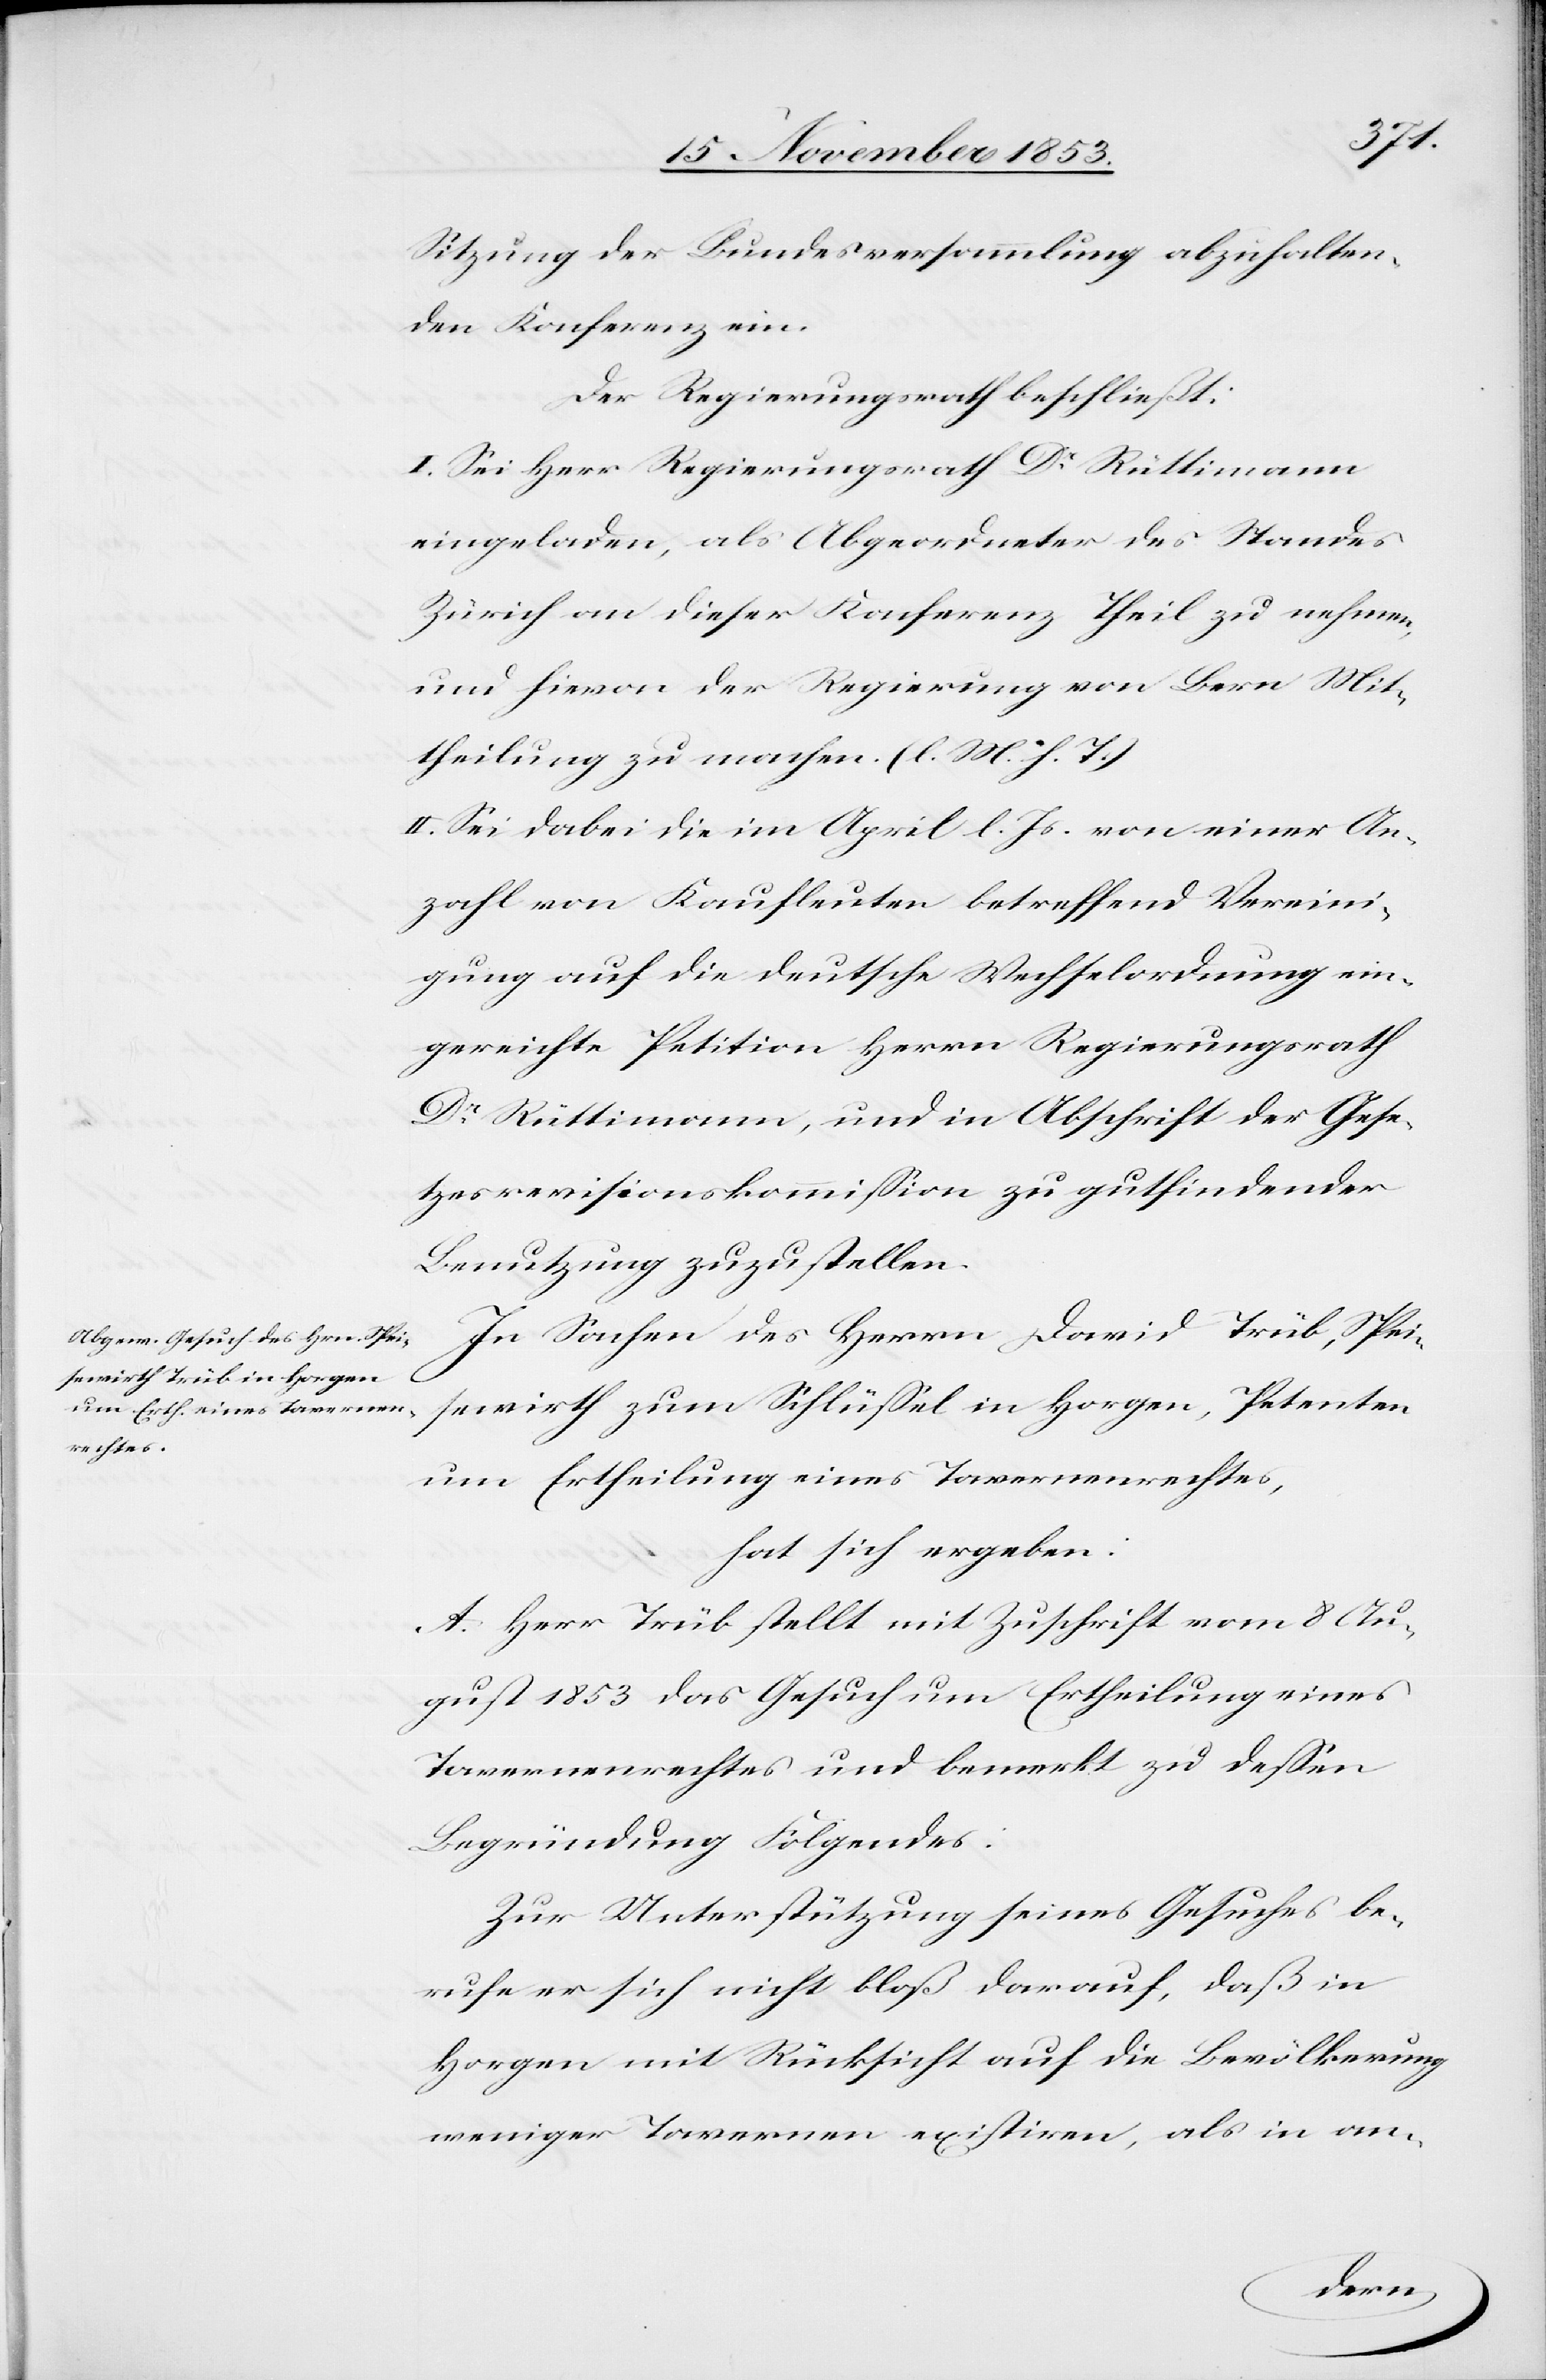
Sitzung der Bundesversammlung abzuhalten¬
den Konferenz ein.
Der Regierungsrath beschließt:
I. Sei Herr Regierungsrath Dr Rüttimann
eingeladen, als Abgeordneter des Standes
Zürich an dieser Konferenz Theil zu nehmen,
und hievon der Regierung von Bern Mit¬
theilung zu machen. [l. M. h. T]
II. Sei dabei die im April l. Js. von einer An¬
zahl von Kaufleuten betreffend Verweige¬
rung auf die deutsche Wechselordnung ein¬
gereichte Petition Herrn Regierungsrath
Dr Rüttimann, und in Abschrift der Gese¬
tzrevisionskommißion zu gutfindender
Benutzung zuzustellen.
In Sachen des Herrn David Trüb, Spei¬
sewirth zum Schlüßel in Horgen, Petenten
um Ertheilung eines Tavernenrechtes,
hat sich ergeben:
A. Herr Trüb stellt mit Zuschrift vom 8 Au¬
gust 1853 das Gesuch um Ertheilung eines
Tavernenrechtes und bemerkt zu deßen
Begründung Folgendes:
Zur Unterstützung seines Gesuches be¬
rufe er sich nicht bloß darauf, daß in
Horgen mit Rücksicht auf die Bevölkerung
weniger Tavernen existiren, als in an-